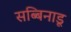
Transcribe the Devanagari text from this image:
सब्बिनाडू